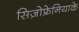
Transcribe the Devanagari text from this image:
सिज़ोफ्रेनियाके